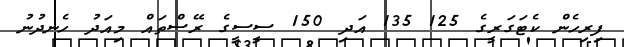
ފިރިހެން ކެޓަގަރީގެ 125 135 އަދި 150 ސީސީގެ ރޭސްތައް މިއަދު ހެނދުނު